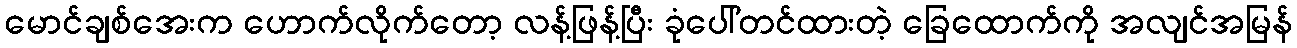
မောင်ချစ်အေးက ဟောက်လိုက်တော့ လန့်ဖြန့်ပြီး ခုံပေါ်တင်ထားတဲ့ ခြေထောက်ကို အလျင်အမြန်